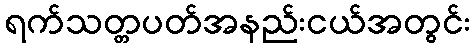
ရက်သတ္တပတ်အနည်းငယ်အတွင်း